Indian journal of veterinary science and animal husbandry - Volume 5,
Year: 1935
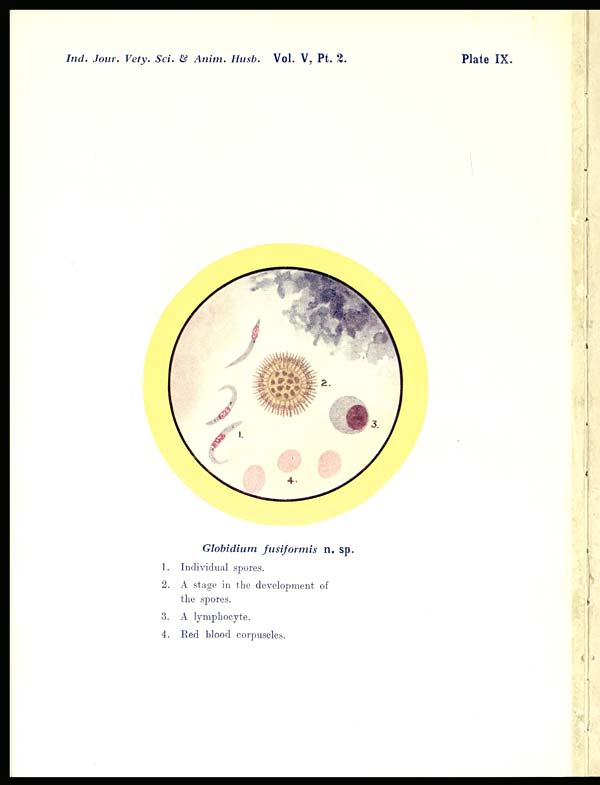
Plate IX.
Ind. Jour. Vety. Sci. & Anim. Husb. Vol. V, Pt. 2.
Globidium fusiformis n. sp.
1. Individual spores.
2. A stage in the development of
the spores.
3. A lymphocyte.
4. Red blood corpuscles.